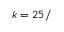
k = 2 5 /